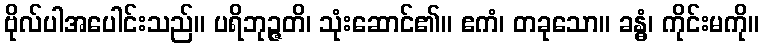
ဗိုလ်ပါအပေါင်းသည်။ ပရိဘုဉ္ဇတိ၊ သုံးဆောင်၏။ ဧကံ၊ တခုသော။ ခန္ဓံ၊ ကိုင်းမကို။